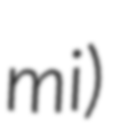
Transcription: mi)